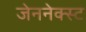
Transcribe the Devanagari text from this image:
जेननेक्स्ट